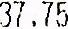
37.75